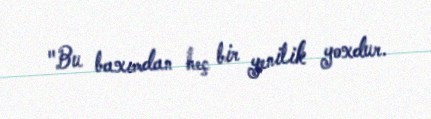
"Bu baxımdan heç bir yenilik yoxdur.